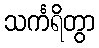
သင်္ကရိတွာ